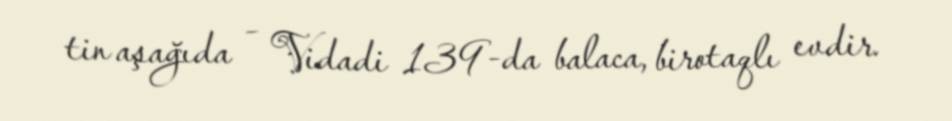
tin aşağıda – Vidadi 139-da balaca, birotaqlı evdir.